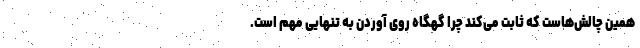
همین چالش‌هاست که ثابت می‌کند چرا گهگاه روی آوردن به تنهایی مهم است.